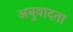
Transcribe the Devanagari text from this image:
अनुवादता